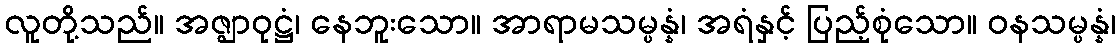
လူတို့သည်။ အဇ္ဈာဝုဋ္ဌံ၊ နေဘူးသော။ အာရာမသမ္ပန္နံ၊ အရံနှင့် ပြည့်စုံသော။ ဝနသမ္ပန္နံ၊